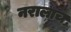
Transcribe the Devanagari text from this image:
नरालाच